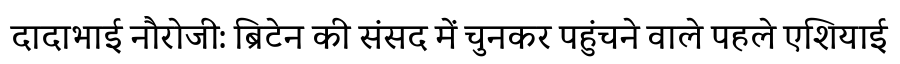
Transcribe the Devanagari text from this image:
दादाभाई नौरोजी: ब्रिटेन की संसद में चुनकर पहुंचने वाले पहले एशियाई